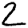
Digit: 2